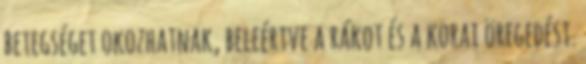
betegséget okozhatnak, beleértve a rákot és a korai öregedést.